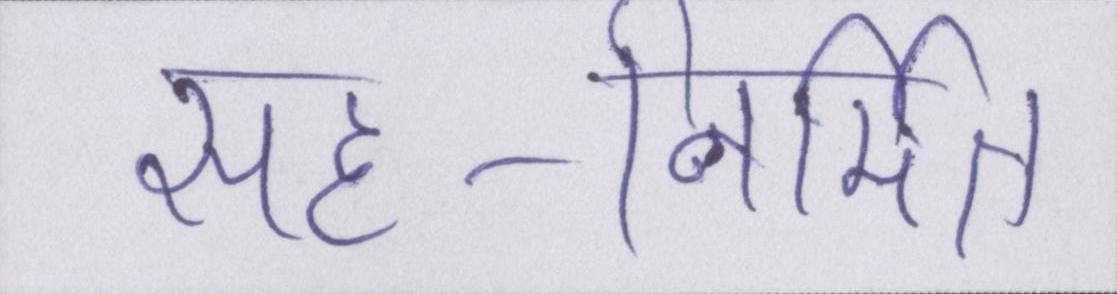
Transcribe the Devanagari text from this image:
सह-निर्मित